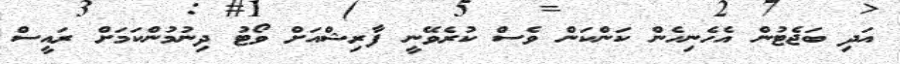
އަދި ބަޖެޓުން އެހެނިހެން ކަންކަން ވެސް ކުރެވޭނީ ފާރިޝްއަށް ވޯޓު ދިނުމުންކަމަށް ރައީސް